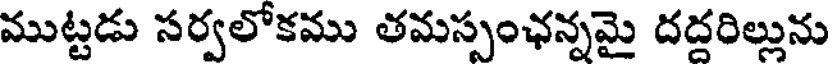
ముట్టడు సర్వలోకము తమస్పంఛన్నమై దదరిల్లును